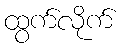
ထွက်လိုက်